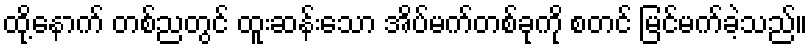
ထို့နောက် တစ်ညတွင် ထူးဆန်းသော အိပ်မက်တစ်ခုကို စတင် မြင်မက်ခဲ့သည်။